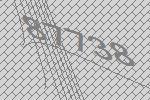
87738